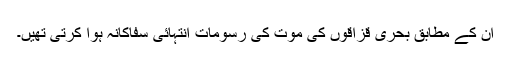
ان کے مطابق بحری قزاقوں کی موت کی رسومات انتہائی سفاکانہ ہوا کرتی تھیں۔